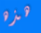
هذه